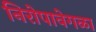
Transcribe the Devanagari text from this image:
निरोपावेगळा